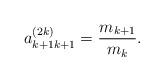
LaTeX: \begin{align*}a^{(2k)}_{k+1k+1}=\frac{m_{k+1}}{m_{k}}. \end{align*}